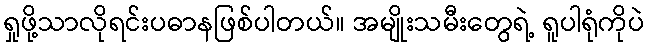
ရှုဖို့သာလိုရင်းပဓာနဖြစ်ပါတယ်။ အမျိုးသမီးတွေရဲ့ ရူပါရုံကိုပဲ